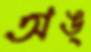
অঙ্